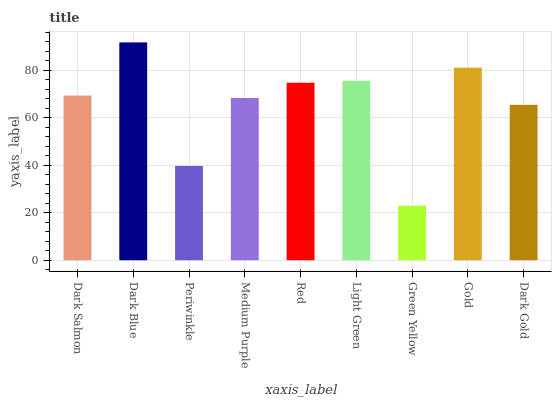
| xaxis_label | bars |
 | --- | --- |
 | Dark Salmon | 69.4 |
 | Dark Blue | 91.7 |
 | Periwinkle | 39.7 |
 | Medium Purple | 68.3 |
 | Red | 74.7 |
 | Light Green | 75.6 |
 | Green Yellow | 22.9 |
 | Gold | 81.1 |
 | Dark Gold | 65.4 |